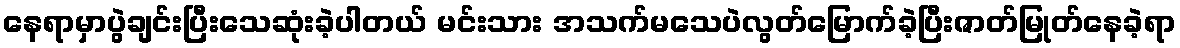
နေရာမှာပွဲချင်းပြီးသေဆုံးခဲ့ပါတယ် မင်းသား အသက်မသေပဲလွတ်မြောက်ခဲ့ပြီးဇာတ်မြုတ်နေခဲ့ရာ